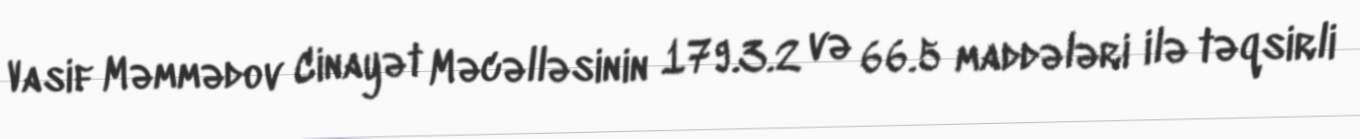
Vasif Məmmədov Cinayət Məcəlləsinin 179.3.2 və 66.5 maddələri ilə təqsirli